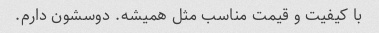
با کیفیت و قیمت مناسب مثل همیشه. دوسشون دارم.